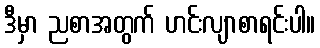
ဒီမှာ ညစာအတွက် ဟင်းလျာစာရင်းပါ။